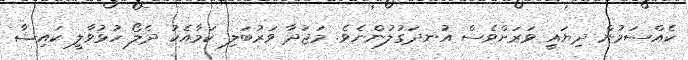
ކެއްސަމުން ދިޔައީ ވަރަށްވެސް އުނދަގުލުންނެވެ. މަޖުދާ ވަރުބަލި ކަމާއެކު ދެލޯ ހުޅުވާލީ ކައިޝާ